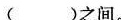
( )之间。